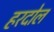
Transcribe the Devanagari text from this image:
हरदोल